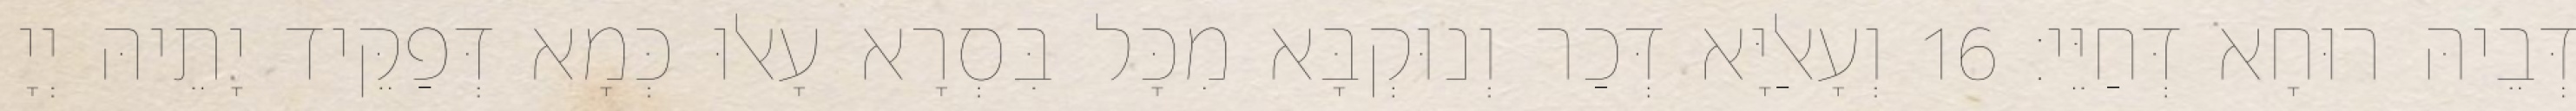
דְּבֵיהּ רוּחָא דְּחַיֵּי׃ 16 וְעָאלַיָּא דְּכַר וְנוּקְבָּא מִכָּל בִּסְרָא עָאלוּ כְּמָא דְּפַקֵּיד יָתֵיהּ יְיָ